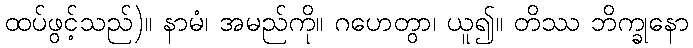
ထပ်ဖွင့်သည်)။ နာမံ၊ အမည်ကို။ ဂဟေတွာ၊ ယူ၍။ တိဿ ဘိက္ခုနော